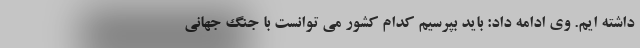
داشته ایم. وی ادامه داد: باید بپرسیم کدام کشور می توانست با جنگ جهانی